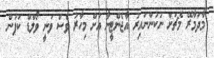
މާދަމާރޭ މެޗަށް ނުކުންނައިރު އާޖެންޓީނާ އަށް މިހާރު ވެސް ވަނީ ވޯލްޑް ކަޕުން